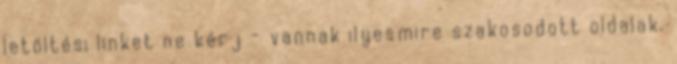
letöltési linket ne kérj - vannak ilyesmire szakosodott oldalak.